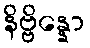
နိဗ္ဗိန္နော